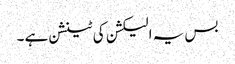
بس یہ الیکشن کی ٹینشن ہے ۔